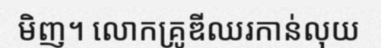
មិញ។ លោកគ្រូឌីឈរកាន់លុយ